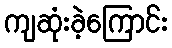
ကျဆုံးခဲ့ကြောင်း